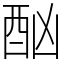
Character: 酗